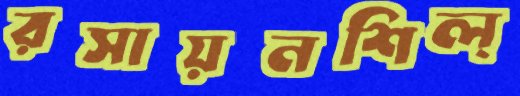
রসায়নশিল্